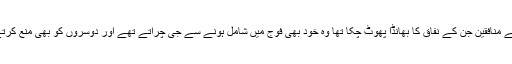
مدینہ کے منافقین جن کے نفاق کا بھانڈا پھوٹ چکا تھا وہ خود بھی فوج میں شامل ہونے سے جی چراتے تھے اور دوسروں کو بھی منع کرتے تھے۔